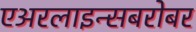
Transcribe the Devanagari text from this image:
एअरलाइन्सबरोबर